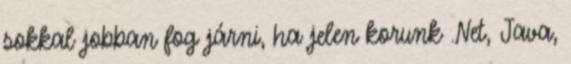
sokkal jobban fog járni, ha jelen korunk .Net, Java,